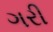
ગરી